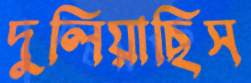
দুলিয়াছিস